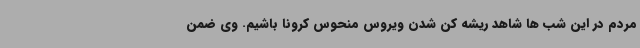
مردم در این شب ها شاهد ریشه کن شدن ویروس منحوس کرونا باشیم. وی ضمن